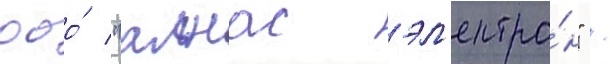
ооо́ "алнас эл'ектро́н" /